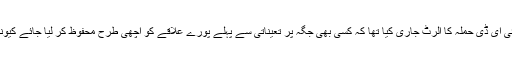
ایک اور سوال پیدا ہوتا ہے کہ جب انٹیلی جنس ایجنسی نے ۸؍فروری کو ایک آئی ای ڈی حملہ کا الرٹ جاری کیا تھا کہ کسی بھی جگہ پر تعیناتی سے پہلے پورے علاقے کو اچھی طرح محفوظ کر لیا جائے کیونکہ یہ اطلاع ملی ہے کہ آئی ای ڈی کا استعمال حملہ کے لیے کیا جا سکتا ہے۔